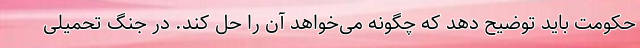
حکومت باید توضیح دهد که چگونه می‌خواهد آن را حل کند. در جنگ تحمیلی